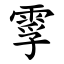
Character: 䨗